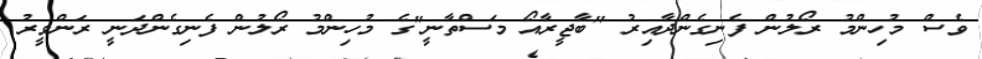
ވެސް މުހިންމު ރޯލުން ފެނިގެންދާއިރު "ބާޖީރާއޯ މަސްތާނީ"ގެ މުހިންމު ރޯލުން ފެނިގެންދަނީ ރަންވީރު